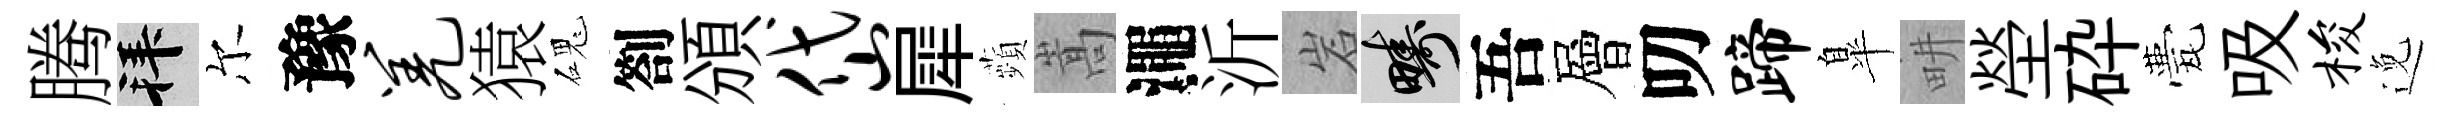
腾拜尔豫羌猿磈劄頒岱犀蘋嵩澠沂岩疇吾層叨蹄臯畊塋砕甍吸梭𨓜